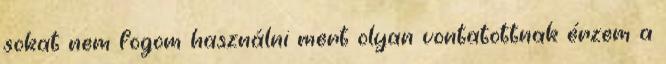
sokat nem fogom használni mert olyan vontatottnak érzem a